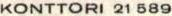
KONTTORI 21 589